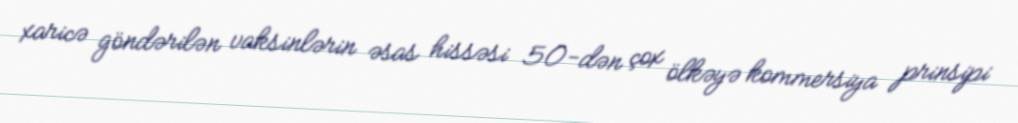
xaricə göndərilən vaksinlərin əsas hissəsi 50-dən çox ölkəyə kommersiya prinsipi